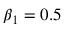
\beta _ { 1 } = 0 . 5